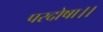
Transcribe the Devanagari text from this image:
परदोषा।।